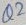
Text: Q2